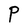
Character: P